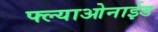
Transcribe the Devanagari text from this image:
फ्ल्याओनाईड